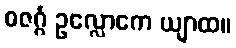
ဓဇဂ္ဂံ ဥလ္လောကေ ယျာထ။